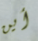
أين